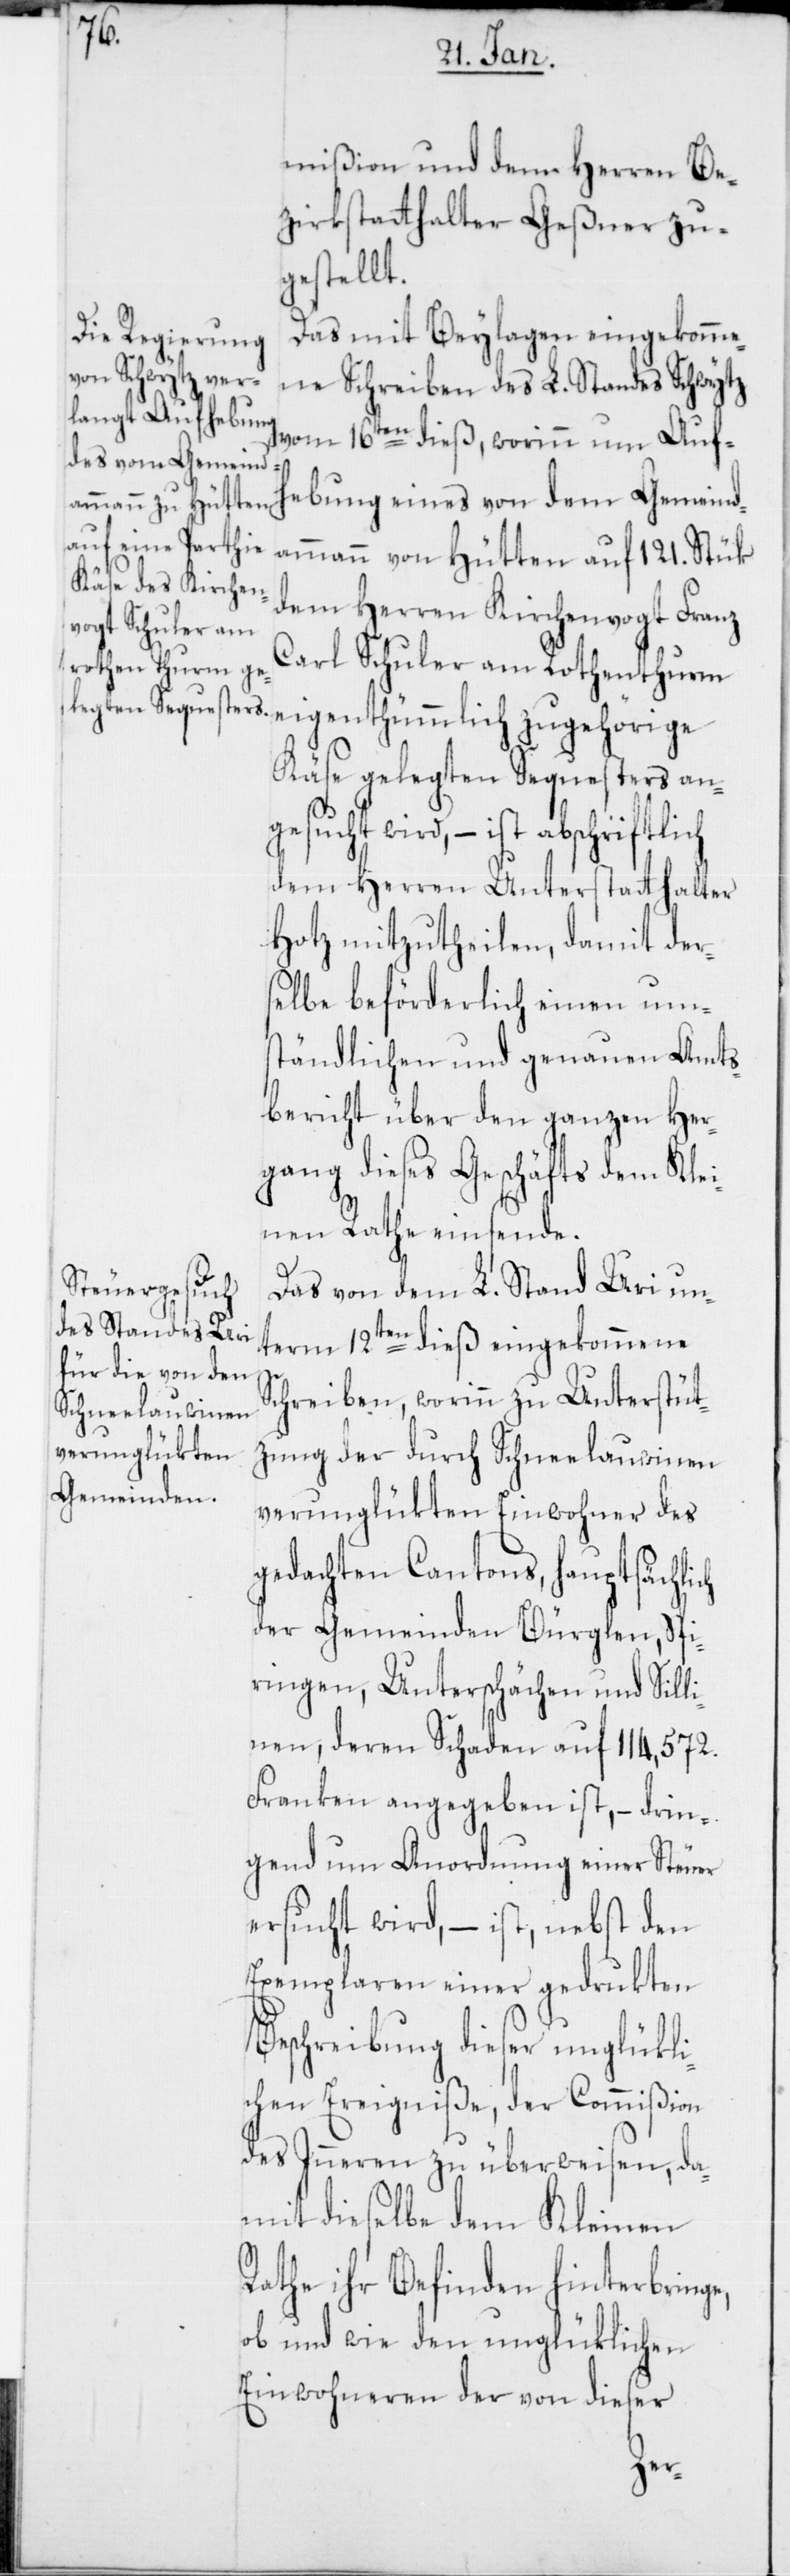
mißion und dem Herren Be¬
zirksstatthalter Geßner zu¬
gestellt.
Das mit Beylagen eingekomme¬
ne Schreiben des L. Standes Schwytz
vom 16ten dieß, worinn um Auf¬
hebung eines von dem Gemeind¬
ammann von Hütten auf 121. Stük
dem Herren Kirchenvogt Franz
Carl Schuler am Rothenturm
eigenthümlich zugehörige
Käse gelegten Sequesters an¬
gesucht wird, – ist abschriftlich
dem Herren Unterstatthalter
Hotz mitzutheilen, damit der¬
selbe beförderlich einen um¬
ständlichen und genauen Amts¬
bericht über den ganzen Her¬
gang dieses Geschäfts dem Klei¬
nen Rathe einsende.
Das von dem L. Stand Uri un¬
term 12ten dieß eingekommene
Schreiben, worinn zu Unterstüt¬
zung der durch Schneelauwinen
verunglükten Einwohner des
gedachten Cantons, hauptsächlich
der Gemeinden Bürglen, Spi¬
ringen, Unterschächen und Sill¬
enen, deren Schaden auf 114,572.
Franken angegeben ist, – drin¬
gend um Anordnung einer Steuer
ersucht wird, – ist, nebst den
Exemplaren einer gedrukten
Beschreibung dieser unglükli¬
chen Ereigniße, der Commißion
des Inneren zu überweisen, da¬
mit dieselbe dem Kleinen
Rathe ihr Befinden hinterbringe,
ob und wie den unglüklichen
Einwohneren der von dieser